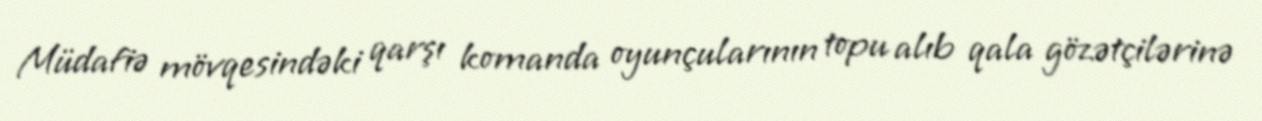
Müdafiə mövqesindəki qarşı komanda oyunçularının topu alıb qala gözətçilərinə